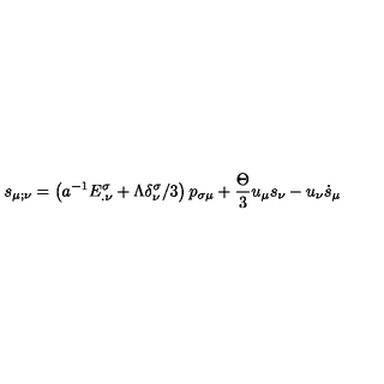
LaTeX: s _ { \mu ; \nu } = \left( a ^ { - 1 } E _ { . \nu } ^ { \sigma } + \Lambda \delta _ { \nu } ^ { \sigma } / 3 \right) p _ { \sigma \mu } + \frac { \Theta } { 3 } u _ { \mu } s _ { \nu } - u _ { \nu } \dot { s } _ { \mu }